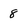
Character: 8